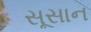
સૂસાન